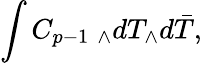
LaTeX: \int C_{p-1}~_{\wedge}dT_{\wedge}d\bar{T},